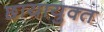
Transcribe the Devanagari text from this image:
छायायुक्‍त